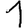
Digit: 1